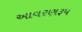
આવરણરૂપ